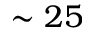
\sim 2 5